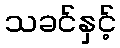
သခင်နှင့်